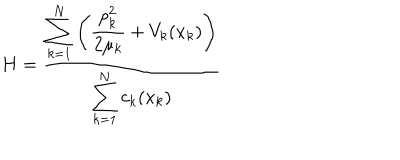
LaTeX: H = \frac { \displaystyle \sum _ { k = 1 } ^ { N } \left( \frac { p _ { k } ^ { 2 } } { 2 \mu _ { k } } + V _ { k } ( x _ { k } ) \right) } { \displaystyle \sum _ { k = 1 } ^ { N } c _ { k } ( x _ { k } ) }